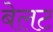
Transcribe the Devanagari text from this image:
बेलट